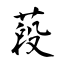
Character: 葮